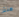
هنتر